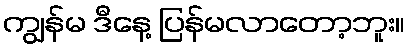
ကျွန်မ ဒီနေ့ ပြန်မလာတော့ဘူး။